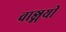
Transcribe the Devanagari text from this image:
वाङ्मयी